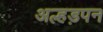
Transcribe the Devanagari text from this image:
अल्हड़पन